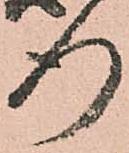
行